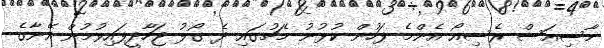
މާސިއަސް ރެސިއޯ އެންމެ ފަހުން ކުޅުނު މެޗުގައި ދެ ގޯލު ޖަހާދީފައިވުމުން އޭނާގެ